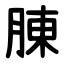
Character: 腖